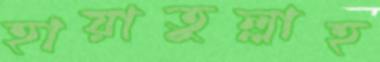
হায়াতুল্লাহ